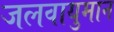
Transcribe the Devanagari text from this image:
जलवायुमान